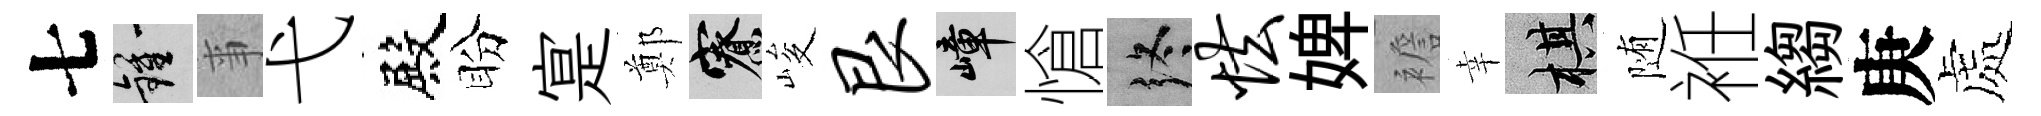
七鍾亊弋殿盼寔鄭寮峻艮嶂愴终怯婢襜幸棋随袵縐庚處